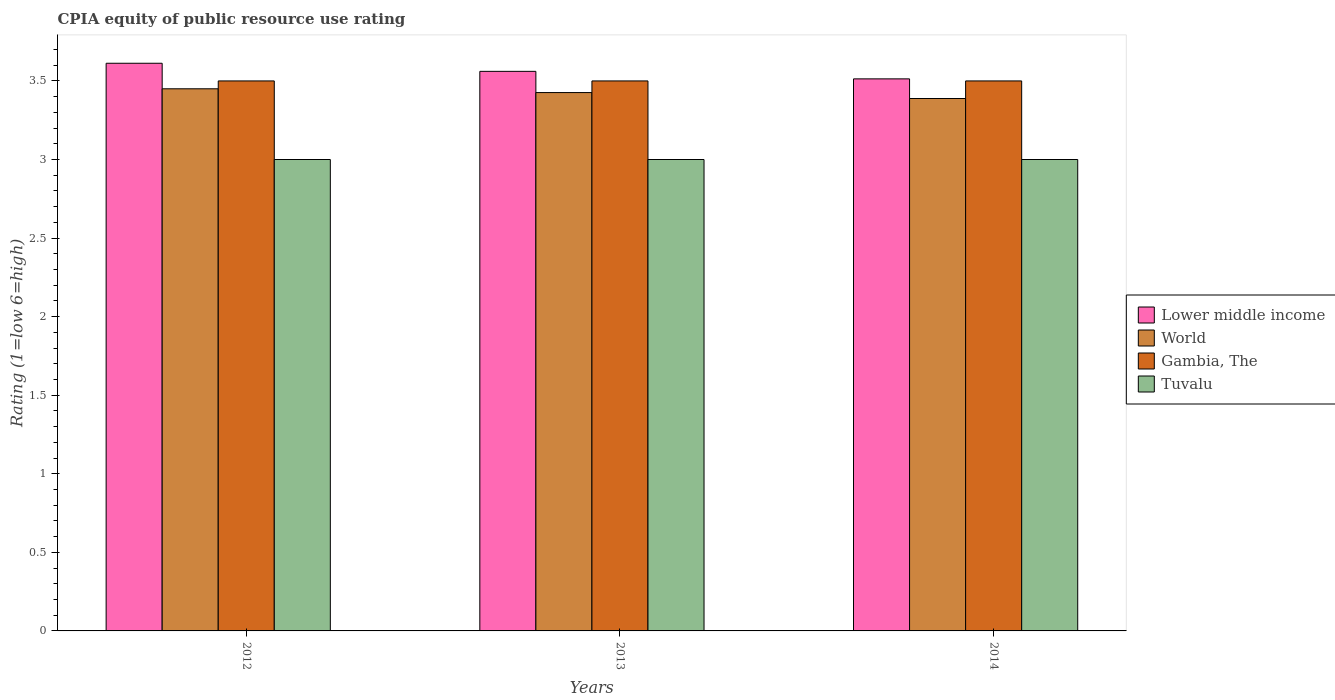
| Years | Lower middle income | World | Gambia, The | Tuvalu |
 | --- | --- | --- | --- | --- |
 | 2012 | 3.61 | 3.45 | 3.5 | 3 |
 | 2013 | 3.56 | 3.43 | 3.5 | 3 |
 | 2014 | 3.51 | 3.39 | 3.5 | 3 |